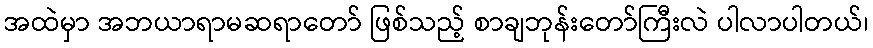
အထဲမှာ အဘယာရာမဆရာတော် ဖြစ်သည့် စာချဘုန်းတော်ကြီးလဲ ပါလာပါတယ်၊